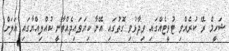
ޝަހީމް ރޭ ކުރެއްވި ޓުވީޓެއްގައި ވިދާޅުވި ގޮތުގައި އޭނާ ކިޔަވައިދެއްވާނީ ކުއްލިއްޔާގައި އަލަށް